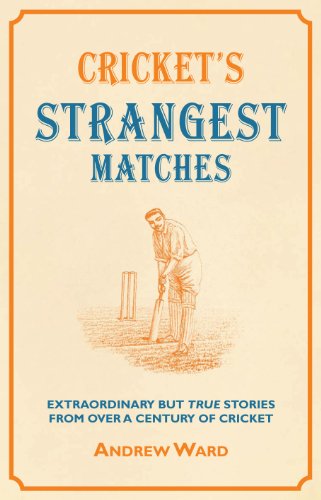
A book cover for Cricket's Strangest Matches: Extraordinary But True Stories from Over a Century of Cricket (Strangest series); Andrew Ward; Sports & Outdoors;